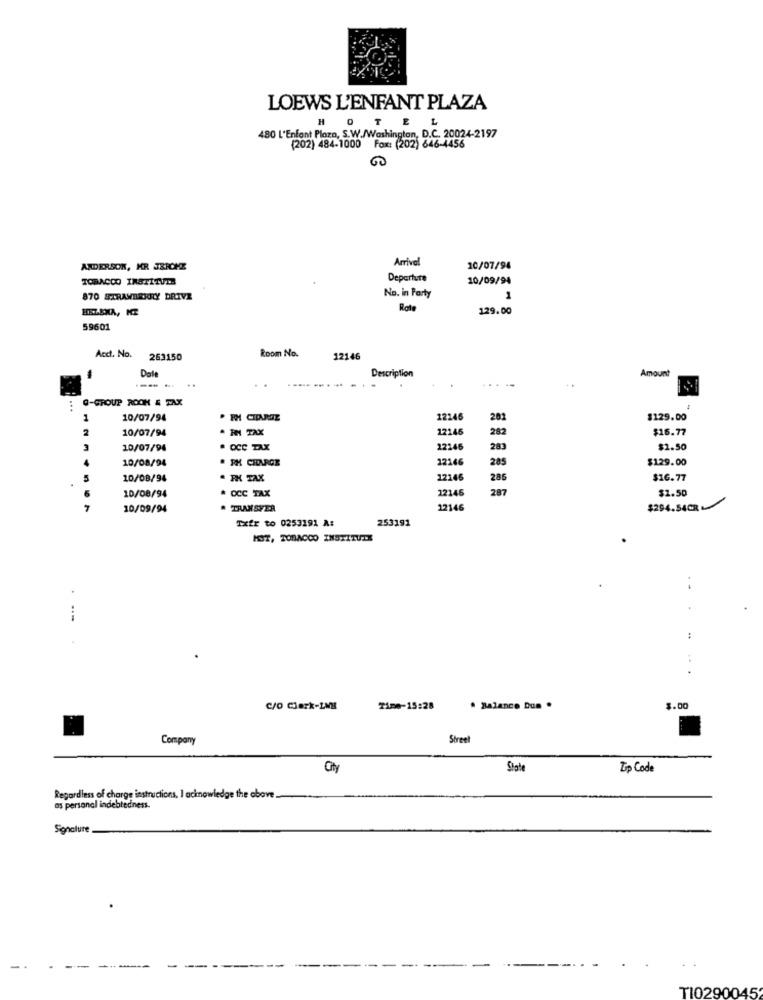
LOEWS L'ENFANT PLAZA
H
TE
L
480 L'Enfant Plaza, S.W./Washington, D.C.
hington, D.C. 20024-2197
(202) 484-1000 Fox: (202) 646-4456
60
Arrival
ANDERSON, KR JRICHE
10/07/94
TOBACCO INSTITUTE
Departure
10/09/94
870 STRAWBRNILY DRIVE
No. in Party
1
Rote
129.00
59601
Room No.
Acd. No.
263150
12146
Date
Amount
Description
--- -
Q-GROUP ROOM & TAX
...
10/07/94
12246
201
$129.00
2
10/07/94
. RN TAX
12146
282
$16.77
10/07/94
. OCC TAX
22246
283
$1.50
10/08/94
. RH CHOURCE
22146
285
$129.00
5
10/08/94
FX TAX
12146
286
$16.77
6
# CCC TAX
22146
287
$2.50
10/08/94
7
10/09/94
TRANSFER
12146
$294.54C
Txfr to 0253191 A:
253191
MST, TOBACCO INSTITUTE
...
:
C/O Clerk-1MM
Time-15:28
. Balance Dum .
3.00
Company
Street
City
Zip Code
Regardless of charge instructions, I acknowledge the above ..
al indebtedness.
Signature
TI0290045